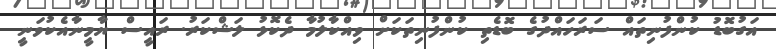
އަގުބޮޑު ކުންފުނިތައް ސަރަހައްދުގެ ބޮޑެތި ކުންފުނިތަކަށް ވިއްކާލުމާ ދެކޮޅު ލަޝްކަރު. ރައީސް ޔާމީނާއެކުވަނީ